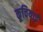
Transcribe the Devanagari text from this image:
कूचियाई